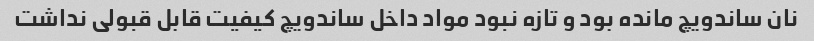
نان ساندویچ مانده بود و تازه نبود مواد داخل ساندویچ کیفیت قابل قبولی نداشت